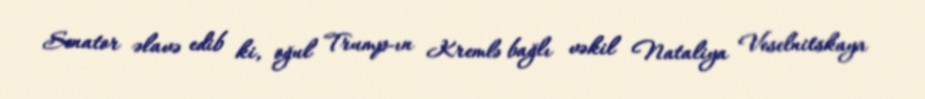
Senator əlavə edib ki, oğul Trump-ın Kremlə bağlı vəkil Nataliya Veselnitskaya